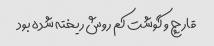
قارچ و گوشت کم روش ریخته شده بود